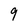
Character: 9